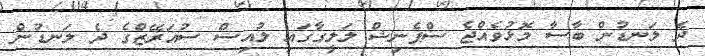
ދެ ލަނޑުން ބާސާ މޮޅުވެއްޖެ ސްޕެނިޝް ލަލީގާގައި ލުއިސް ސުއަރޭޒްގެ ދެ ލަނޑުން